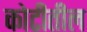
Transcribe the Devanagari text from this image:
कोटीतील